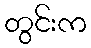
တွင်းက